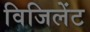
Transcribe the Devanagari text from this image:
विजिलेंट